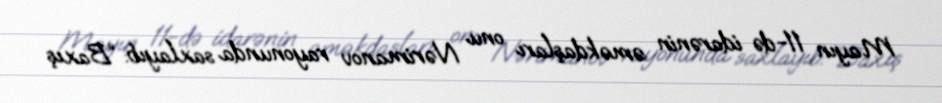
Mayın 11-də idarənin əməkdaşları onu Nərimanov rayonunda saxlayıb: “Baxış